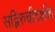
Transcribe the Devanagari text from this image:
सद्भिरुचीदर्शक